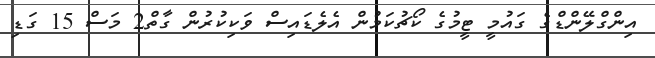
އިންގްލޭންޑްގެ ގައުމީ ޓީމުގެ ކޯޗުކަމުން އެލެޑައިސް ވަކިކުރުން ގާތް2 މަސް 15 ގަޑި